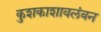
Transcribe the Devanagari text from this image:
कुशकाशावलंबन